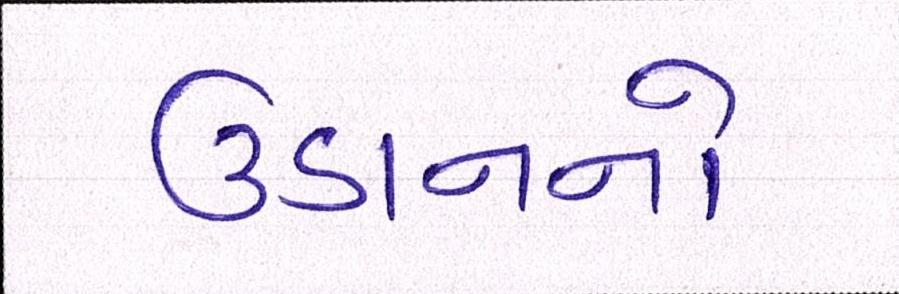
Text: ઉડાનનો